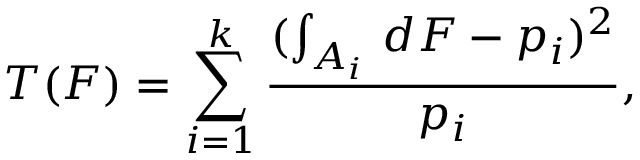
T ( F ) = \sum _ { i = 1 } ^ { k } { \frac { ( \int _ { A _ { i } } \, d F - p _ { i } ) ^ { 2 } } { p _ { i } } } ,